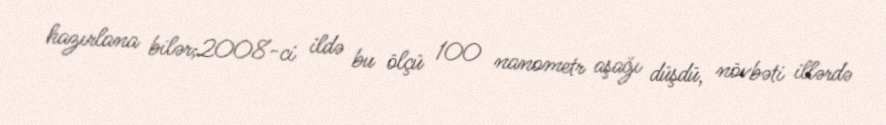
hazırlana bilər;2008-ci ildə bu ölçü 100 nanometr aşağı düşdü, növbəti illərdə